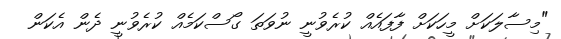
"މިސާލަކަށް މީހަކަށް ފާފައެއް ކުރެވުނީ ނުވަތަ ގޯސްކަމެއް ކުރެވުނީ ދެން އެކަން